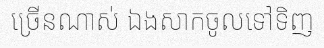
ច្រើនណាស់ ឯងសាកចូលទៅទិញ